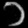
Digit: ၁